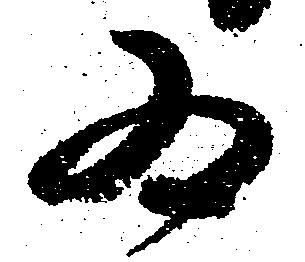
為